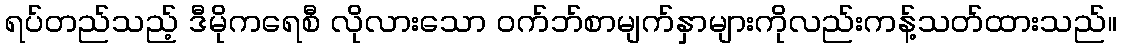
ရပ်တည်သည့် ဒီမိုကရေစီ လိုလားသော ဝက်ဘ်စာမျက်နှာများကိုလည်းကန့်သတ်ထားသည်။